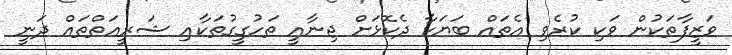
ވަޒީފާތަކުން ވަކި ކުރެވި އެތައް ބަޔަކާ ދެކޮޅަށް ޖިނާއީ ތަހުގީގުތަކާއި ޝަރީއަތްތައް ދަނީ